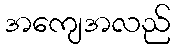
အကျေအလည်